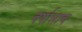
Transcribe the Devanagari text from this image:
वर्षालाच